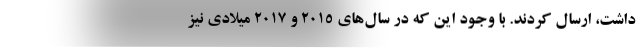
داشت، ارسال کردند. با وجود این که در سال‌های ۲۰۱۵ و ۲۰۱۷ میلادی نیز